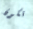
تكون